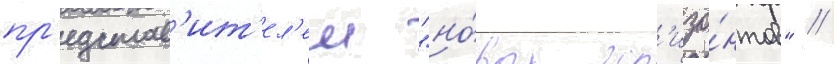
пр'едстав'ит'ел'еи "но́вых гор'изо́нтов" //